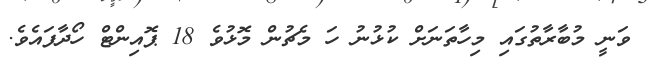
ވަނީ މުބާރާތުގައި މިހާތަނަށް ކުޅުނު ހަ މެޗުން މޮޅުވެ 18 ޕޮއިންޓް ހޯދާފައެވެ.